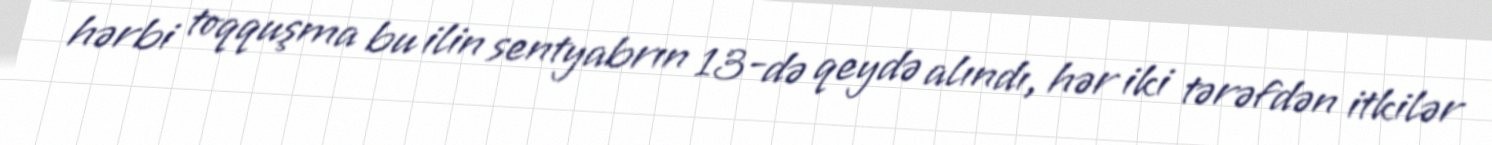
hərbi toqquşma bu ilin sentyabrın 13-də qeydə alındı, hər iki tərəfdən itkilər